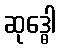
ဆုဒ္ဓေါ